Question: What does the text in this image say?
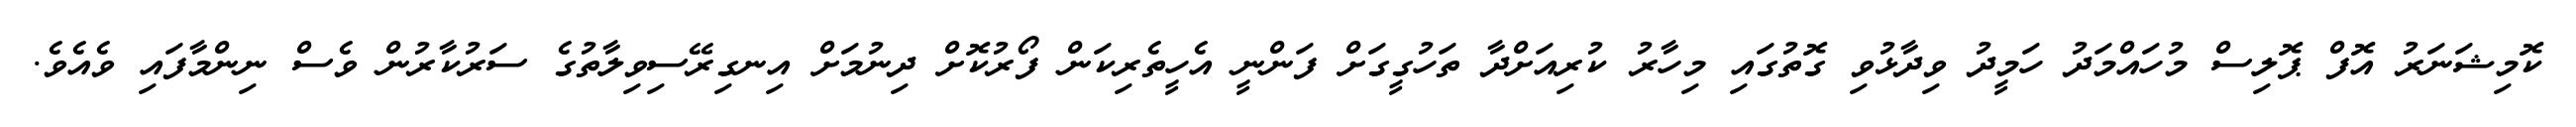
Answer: ކޮމިޝަނަރު އޮފް ޕޮލިސް މުހައްމަދު ހަމީދު ވިދާޅުވި ގޮތުގައި މިހާރު ކުރިއަށްދާ ތަހުގީގަށް ފަންނީ އެހީތެރިކަން ފޯރުކޮށް ދިނުމަށް އިނގިރޭސިވިލާތުގެ ސަރުކާރުން ވެސް ނިންމާފައި ވެއެވެ.